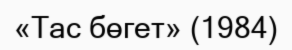
«Тас бөгет» (1984)